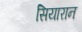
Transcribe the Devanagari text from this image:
सियारान